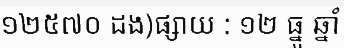
១២៥៧០ ដង)ផ្សាយ : ១២ ធ្នូ ឆ្នាំ